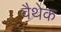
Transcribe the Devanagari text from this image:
वैथेक